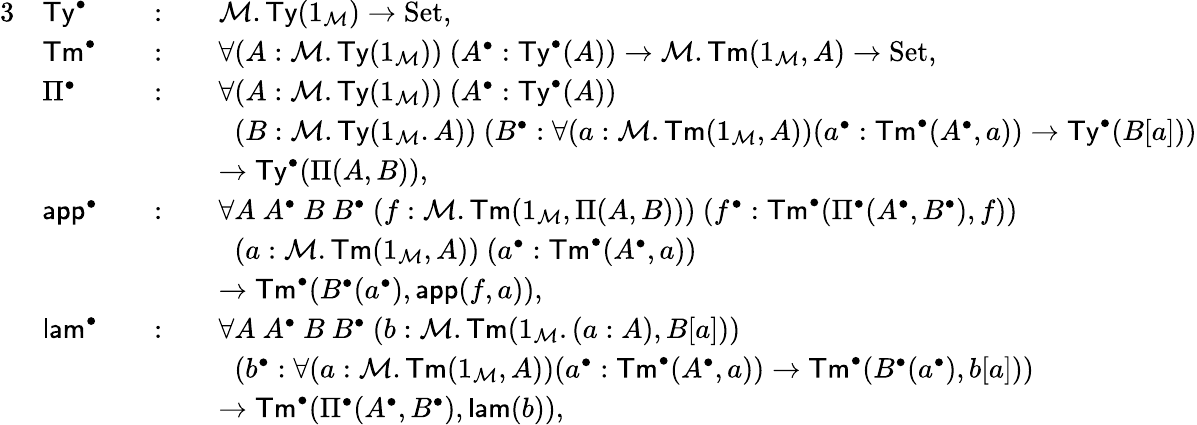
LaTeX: \begin{array}{rlrlrl}{{3}}&{\mathsf{Ty}^{\bullet}}&&{:}&&{\mathcal{M}.\mathsf{Ty}(1_{\mathcal{M}})\to\mathrm{Set},}\\ &{\mathsf{Tm}^{\bullet}}&&{:}&&{\forall(A:\mathcal{M}.\mathsf{Ty}(1_{\mathcal{M}}))\ (A^{\bullet}:\mathsf{Ty}^{\bullet}(A))\to\mathcal{M}.\mathsf{Tm}(1_{\mathcal{M}},A)\to\mathrm{Set},}\\ &{\Pi^{\bullet}}&&{:}&&{\forall(A:\mathcal{M}.\mathsf{Ty}(1_{\mathcal{M}}))\ (A^{\bullet}:\mathsf{Ty}^{\bullet}(A))}\\ &{}&&{}&&{\phantom{\forall}(B:\mathcal{M}.\mathsf{Ty}(1_{\mathcal{M}}.A))\ (B^{\bullet}:\forall(a:\mathcal{M}.\mathsf{Tm}(1_{\mathcal{M}},A))(a^{\bullet}:\mathsf{Tm}^{\bullet}(A^{\bullet},a))\to\mathsf{Ty}^{\bullet}(B[a]))}\\ &{}&&{}&&{\to\mathsf{Ty}^{\bullet}(\Pi(A,B)),}\\ &{\mathsf{app}^{\bullet}}&&{:}&&{\forall A\ A^{\bullet}\ B\ B^{\bullet}\ (f:\mathcal{M}.\mathsf{Tm}(1_{\mathcal{M}},\Pi(A,B)))\ (f^{\bullet}:\mathsf{Tm}^{\bullet}(\Pi^{\bullet}(A^{\bullet},B^{\bullet}),f))}\\ &{}&&{}&&{\phantom{\forall}(a:\mathcal{M}.\mathsf{Tm}(1_{\mathcal{M}},A))\ (a^{\bullet}:\mathsf{Tm}^{\bullet}(A^{\bullet},a))}\\ &{}&&{}&&{\to\mathsf{Tm}^{\bullet}(B^{\bullet}(a^{\bullet}),\mathsf{app}(f,a)),}\\ &{\mathsf{lam}^{\bullet}}&&{:}&&{\forall A\ A^{\bullet}\ B\ B^{\bullet}\ (b:\mathcal{M}.\mathsf{Tm}(1_{\mathcal{M}}.(a:A),B[a]))}\\ &{}&&{}&&{\phantom{\forall}(b^{\bullet}:\forall(a:\mathcal{M}.\mathsf{Tm}(1_{\mathcal{M}},A))(a^{\bullet}:\mathsf{Tm}^{\bullet}(A^{\bullet},a))\to\mathsf{Tm}^{\bullet}(B^{\bullet}(a^{\bullet}),b[a]))}\\ &{}&&{}&&{\to\mathsf{Tm}^{\bullet}(\Pi^{\bullet}(A^{\bullet},B^{\bullet}),\mathsf{lam}(b)),}\end{array}